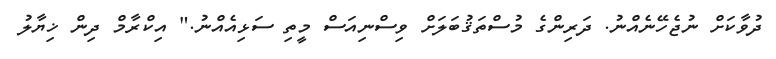
ދުވާކަށް ނުޖެހޭނެއްނު. ދަރިންގެ މުސްތަޤުބަލަށް ވިސްނިއަސް މީތި ސަޅިއެއްނު." އިކްރާމް ދިން ޚިޔާލު